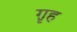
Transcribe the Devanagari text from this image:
ग़ृह